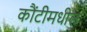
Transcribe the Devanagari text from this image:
कौंटीमधील